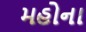
મહોના